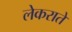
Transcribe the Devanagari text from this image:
लेकराते